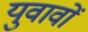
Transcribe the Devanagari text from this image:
युवावों